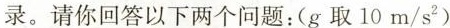
录。请你回答yi xia